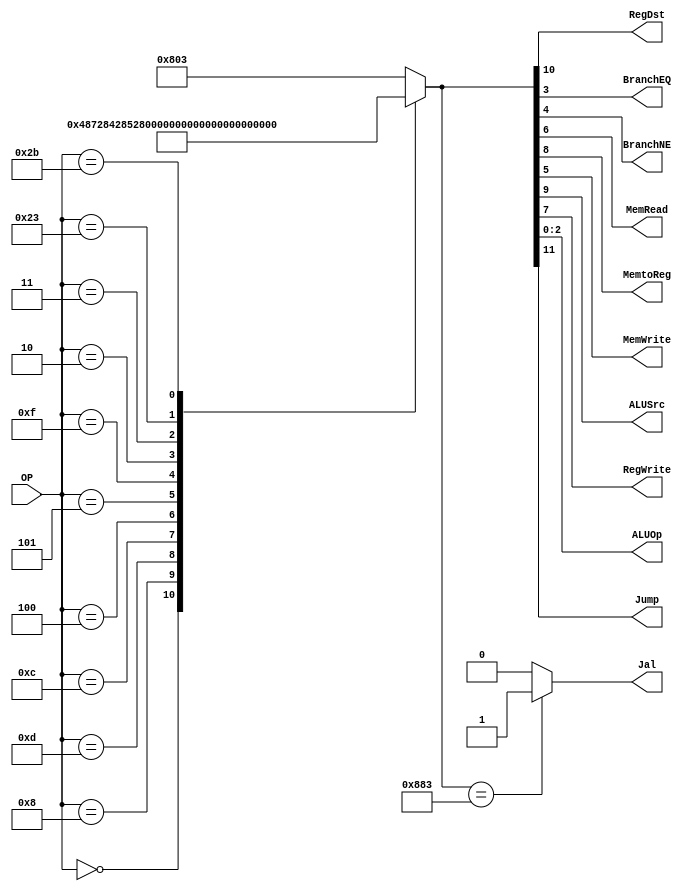
/******************************************************************
* Description
*	This is control unit for the MIPS processor. The control unit is 
*	in charge of generation of the control signals. Its only input 
*	corresponds to opcode from the instruction.
*	1.0
* Author:
*	Dr. Jos Luis Pizano Escalante
* email:
*	luispizano@iteso.mx
* Date:
*	01/03/2014
******************************************************************/
module Control
(
	input [5:0]OP,
	output RegDst,
	output BranchEQ,
	output BranchNE,
	output MemRead,
	output MemtoReg,
	output MemWrite,
	output ALUSrc,
	output RegWrite,
	output [2:0]ALUOp,
	output Jump,
	output reg Jal
);
localparam R_Type = 0;
localparam I_Type_ADDI = 6'h8;
localparam I_Type_ORI = 6'h0d;
localparam I_Type_ANDI = 6'h0c;
localparam I_Type_BEQ = 6'h4;
localparam I_Type_BNE = 6'h5;
localparam J_Type_J = 6'h2;
localparam J_Type_JAL = 6'h3;
localparam I_Type_LUI = 6'hf;
localparam I_Type_LW = 6'h23;
localparam I_Type_SW = 6'h2b;


reg [11:0] ControlValues;

always@(OP) begin
	casex(OP)
		R_Type:       ControlValues= 12'b01_001_00_00_111;
		I_Type_ADDI:  ControlValues= 12'b00_101_00_00_100;
		I_Type_ORI:   ControlValues= 12'b00_101_00_00_101;
		I_Type_ANDI:  ControlValues= 12'b00_101_00_00_000;
		I_Type_BEQ:	  ControlValues= 12'b00_000_00_01_001;
		I_Type_BNE:   ControlValues= 12'b00_000_00_10_001;
		
		I_Type_LUI:   ControlValues= 12'b00_101_00_00_010;		
		J_Type_J:	  ControlValues= 12'b10_000_00_00_001;
		J_Type_JAL:	  ControlValues= 12'b10_001_00_00_011;
		I_Type_LW:    ControlValues= 12'b00_111_10_00_110;
		I_Type_SW:	  ControlValues= 12'b00_100_01_00_110;
		default:
			ControlValues= 12'b10_000_00_00_011;
		endcase
		Jal = (ControlValues== 12'b10_001_00_00_011) ? 1'b1 : 1'b0;

end	


assign Jump = 	 ControlValues[11];
assign RegDst = ControlValues[10];
	
assign ALUSrc = ControlValues[9];
assign MemtoReg = ControlValues[8];
assign RegWrite = ControlValues[7];

assign MemRead = ControlValues[6];
assign MemWrite = ControlValues[5];

assign BranchNE = ControlValues[4];
assign BranchEQ = ControlValues[3];

assign ALUOp = ControlValues[2:0];	

endmodule